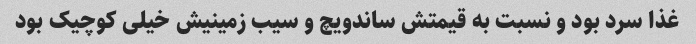
غذا سرد بود و نسبت به قیمتش ساندویچ و سیب زمینیش خیلی کوچیک بود